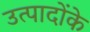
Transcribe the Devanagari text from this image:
उत्पादोंके